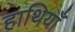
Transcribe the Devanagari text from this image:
हाथियाँ